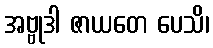
အဗ္ဗုဒါ ဇာယတေ ပေသိ၊